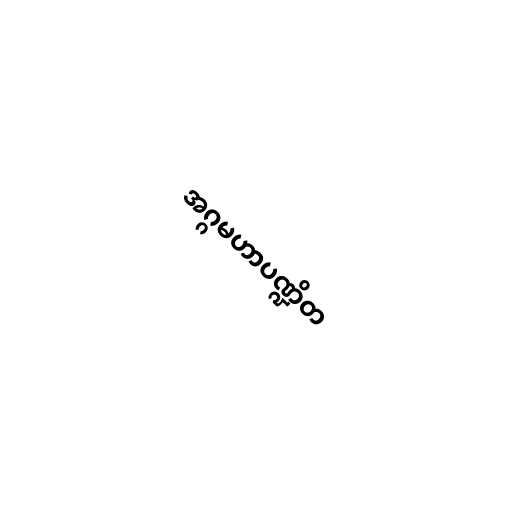
အဂ္ဂမဟာပဏ္ဍိတ